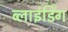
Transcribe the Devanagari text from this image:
ब्‍लाइंडिंग